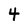
Character: 4